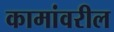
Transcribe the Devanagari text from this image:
कामांवरील